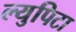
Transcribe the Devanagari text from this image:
ल्युपिटा